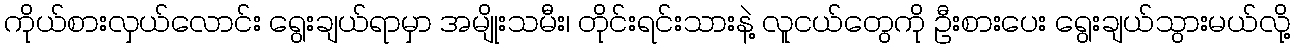
ကိုယ်စားလှယ်လောင်း ရွေးချယ်ရာမှာ အမျိုးသမီး၊ တိုင်းရင်းသားနဲ့ လူငယ်တွေကို ဦးစားပေး ရွေးချယ်သွားမယ်လို့